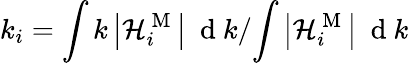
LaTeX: k_{i}={\int k\left|\mathcal{H}_{i}^{\mathrm{~M~}}\right|\ \mathrm{~d~}k}/{\int\left|\mathcal{H}_{i}^{\mathrm{~M~}}\right|\ \mathrm{~d~}k}